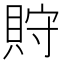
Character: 𧵤